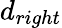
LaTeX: d_{right}